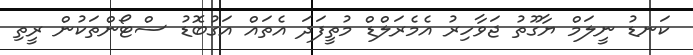
ކަނޑު ނީލަމް ޔާގޫތު ޖަވާހިރު އެމެރަލްޑް މުތީފަދަ އެތައް އަގުބޮޑު ސްޓޯންތަކުން ރީތި